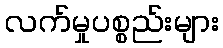
လက်မှုပစ္စည်းများ